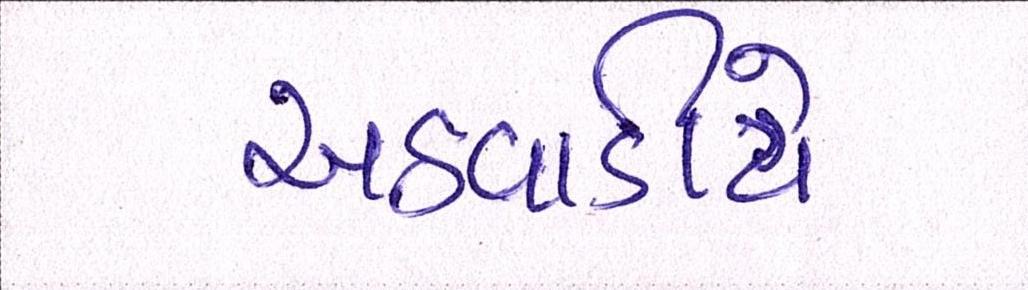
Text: અઠવાડીયે